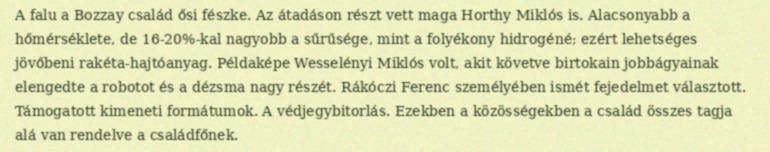
A falu a Bozzay család ősi fészke. Az átadáson részt vett maga Horthy Miklós is. Alacsonyabb a hőmérséklete, de 16-20%-kal nagyobb a sűrűsége, mint a folyékony hidrogéné; ezért lehetséges jövőbeni rakéta-hajtóanyag. Példaképe Wesselényi Miklós volt, akit követve birtokain jobbágyainak elengedte a robotot és a dézsma nagy részét. Rákóczi Ferenc személyében ismét fejedelmet választott. Támogatott kimeneti formátumok. A védjegybitorlás. Ezekben a közösségekben a család összes tagja alá van rendelve a családfőnek.